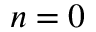
n = 0